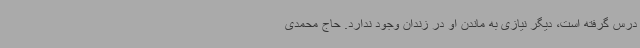
درس گرفته است، دیگر نیازی به ماندن او در زندان وجود ندارد. حاج محمدی